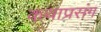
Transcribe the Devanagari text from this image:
कथाप्रसंग